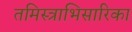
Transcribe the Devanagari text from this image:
तमिस्त्राभिसारिका